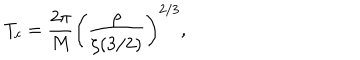
T _ { c } = { \frac { 2 \pi } { M } } \left( { \frac { \rho } { \zeta ( 3 / 2 ) } } \right) ^ { 2 / 3 } ,